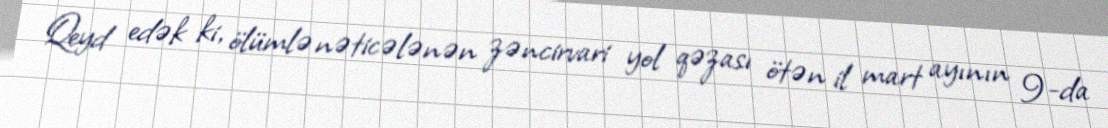
Qeyd edək ki, ölümlə nəticələnən zəncirvari yol qəzası ötən il mart ayının 9-da